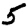
Digit: 5